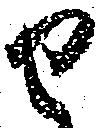
せ